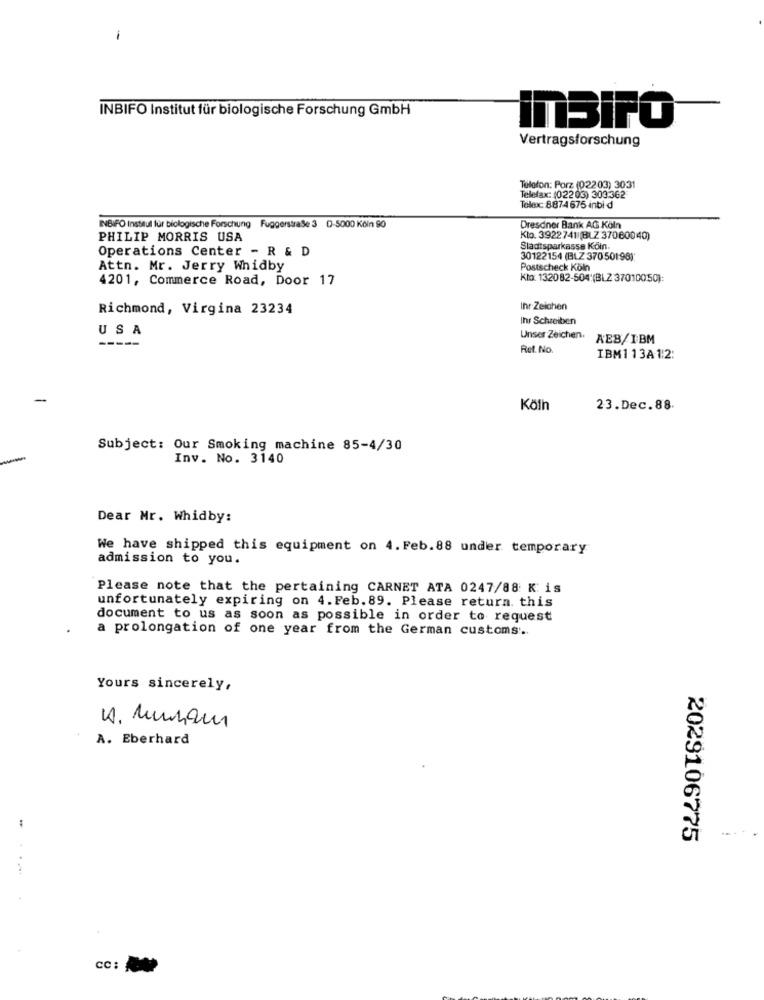
-
INBIFO Institut für biologische Forschung GmbH
InSIFO
Vertragsforschung
Telefon: Porz (02203) 3031
Telefax: (02203) 303 362
Toloic: 8874 675 inbi d
INBIFO Institut für biologische Forschung Fuggerstraße 3 0-5000 Kčin 90
Dresdner Bank AG Köln
PHILIP MORRIS USA
Klo. 3922741 (BLZ 37060040)
Operations Center - R & D
Sladtsparkasse Köln.
30122154 (BLZ 37050198)
Attn. Mr. Jerry Whidby
Postscheck Köln
4201, Commerce Road, Door 17
Klo: 132082-504'(BLZ 37010050):
Richmond, Virgina 23234
Ihr-Zeichen
Ihr Schreiben
USA
-----
Unser Zeichen.
AEB/IBM
Ret. No.
IBM113A12:
Köln
23.Dec.88.
Subject: Our Smoking machine 85-4/30
Inv. No. 3140
Dear Mr. Whidby:
We have shipped this equipment on 4. Feb. 88 under temporary
admission to you.
Please note that the pertaining CARNET ATA 0247/88 Kis
unfortunately expiring on 4. Feb. 89. Please return. this
document to us as soon as possible in order to request
a prolongation of one year from the German customs' ..
Yours sincerely,
4. Munam
A. Eberhard
2029106775
CC: